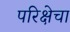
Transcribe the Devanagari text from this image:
परिक्षेचा